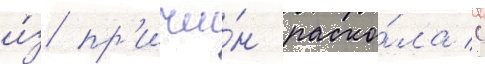
и́з пр'ичи́н раско́ла с